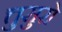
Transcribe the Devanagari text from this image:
त्तुसुरो